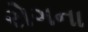
રોગના